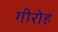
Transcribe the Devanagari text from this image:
गीरोह